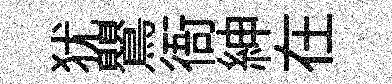
犹鸎衙紳在